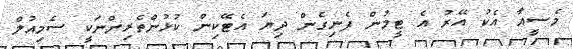
މެސީއާ އެކު އޭރު އެ ޓީމުން ފެނިގެން ދިޔަ އެޓޭކިން ކުޅުންތެރިންނަކީ ސެމިއުލް